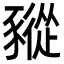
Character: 豵